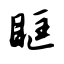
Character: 眶